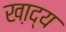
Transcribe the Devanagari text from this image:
खा़द्य